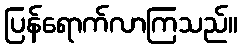
ပြန်ရောက်လာကြသည်။